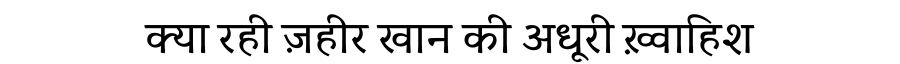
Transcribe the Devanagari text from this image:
क्या रही ज़हीर खान की अधूरी ख़्वाहिश